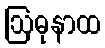
ဩဓုနာထ